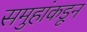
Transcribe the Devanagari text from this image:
समुहांकडून